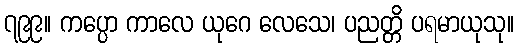
၇၉၉။ ကပ္ပော ကာလေ ယုဂေ လေသေ၊ ပညတ္တိ ပရမာယုသု။